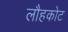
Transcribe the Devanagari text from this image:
लौहकोट